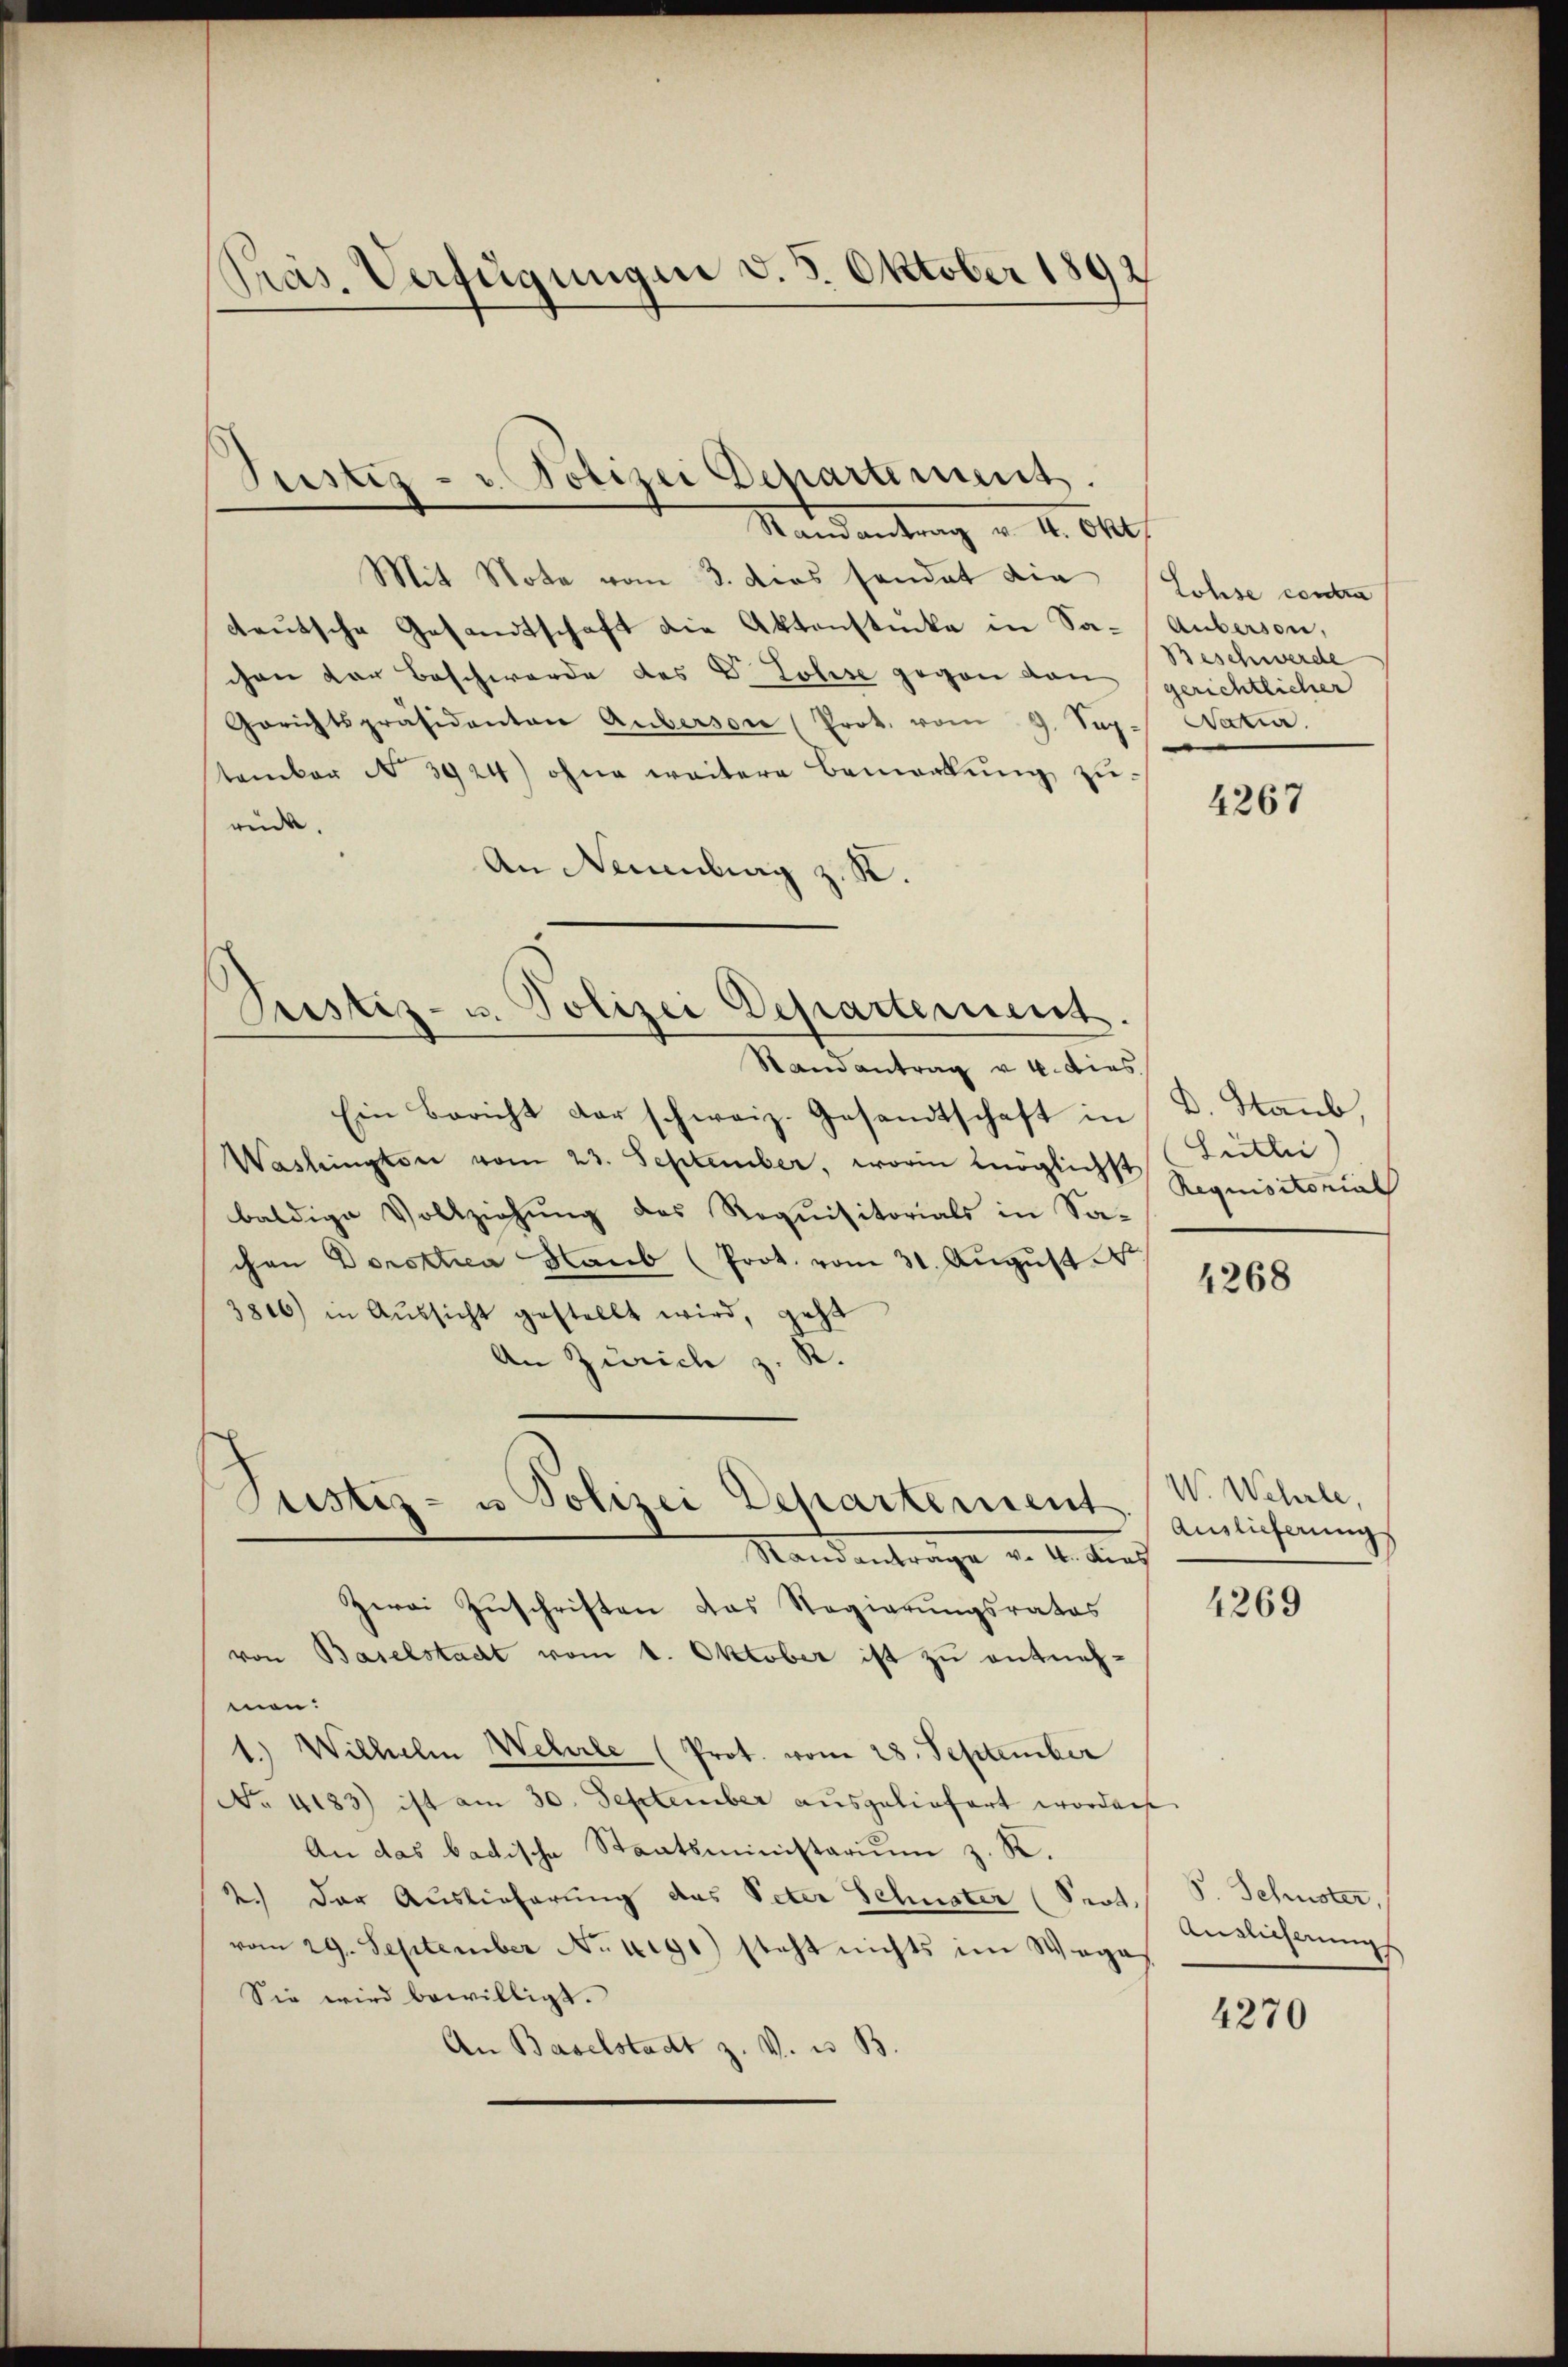
Mit Note vom 3. dies sondet die (Lohse conten
deutsche Gesandtschaft die Aktenstücke in Sa-Auberson,
chen der Beschwerde des Dr Lolise gegen von gerichtlicher
Gerichtspräsidenten Auberson (Prot. vom 9. Sep. Natia.
tambor No 3924) ohne weitere Bemerkung zurüick.
An Neuenburg z. R.

Präs. Verfügungen v. 5. Oktober 1892

Justiz- u. Polizei Departement.
Mandantung v. 4. Okt

Justiz- u. Polizei Departement.
Randantrag v. 4. dies

Ein Bericht der schweiz. Gesandtschaft in D. Staub
Washington vom 23. September, worin möglichst
baldige Vollziehung des Requisitorials in Sa-
chen Dorothea Haub (Prot. vom 31. Aŭgŭst N
3806) in Aŭssicht gestellt wird, geht
An Zürich z. R.

men.
1.) Wilhelm Wehrle (Prot. vom 28. September
No. 4183) ist am 30. September ausgeliefert worden.
An das badische Staatsministarium z. R.
2.) Der Auslieferung das Peter Schuster (Prot. P. Schuster,
vom 29. September No. 4190) steht nichts im Weges
Sie wird bewilligt.
An Baselstadt z. V. u. B.

Justiz- u Polizei Departement.
Standentrage v. 4. dies
Zwai Zuschriften das Regierungsrates
von Baselstadt vom 1. Oktober ist zu entneh¬

Beschwerde

4267

Süitlei
Requisitorial

4268

W. Wehrle
Auslieferung

4269

Auslicherung

4270